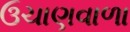
ઉચાણવાળા